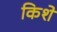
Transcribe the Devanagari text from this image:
किशे